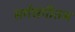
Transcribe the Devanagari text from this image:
सर्गसंगीतम